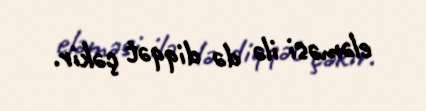
eləməsi ilə də diqqət çəkir.